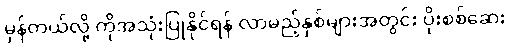
မှန်တယ်လို့ ကိုအသုံးပြုနိုင်ရန် လာမည့်နှစ်များအတွင်း ပိုးစစ်ဆေး